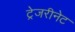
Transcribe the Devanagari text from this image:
ट्रेजरीनेट